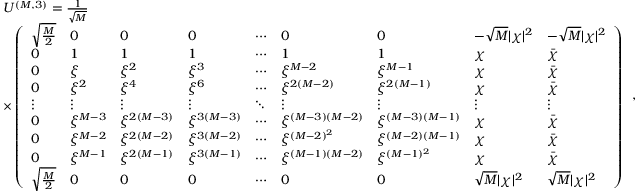
\begin{array} { r l } & { U ^ { ( M , 3 ) } = \frac { 1 } { \sqrt { M } } } \\ & { \times \left( \begin{array} { l l l l l l l l l } { \sqrt { \frac { M } { 2 } } } & { 0 } & { 0 } & { 0 } & { \cdots } & { 0 } & { 0 } & { - \sqrt { M } | \chi | ^ { 2 } } & { - \sqrt { M } | \chi | ^ { 2 } } \\ { 0 } & { 1 } & { 1 } & { 1 } & { \cdots } & { 1 } & { 1 } & { \chi } & { \bar { \chi } } \\ { 0 } & { \xi } & { \xi ^ { 2 } } & { \xi ^ { 3 } } & { \cdots } & { \xi ^ { M - 2 } } & { \xi ^ { M - 1 } } & { \chi } & { \bar { \chi } } \\ { 0 } & { \xi ^ { 2 } } & { \xi ^ { 4 } } & { \xi ^ { 6 } } & { \cdots } & { \xi ^ { 2 ( M - 2 ) } } & { \xi ^ { 2 ( M - 1 ) } } & { \chi } & { \bar { \chi } } \\ { \vdots } & { \vdots } & { \vdots } & { \vdots } & { \ddots } & { \vdots } & { \vdots } & { \vdots } & { \vdots } \\ { 0 } & { \xi ^ { M - 3 } } & { \xi ^ { 2 ( M - 3 ) } } & { \xi ^ { 3 ( M - 3 ) } } & { \cdots } & { \xi ^ { ( M - 3 ) ( M - 2 ) } } & { \xi ^ { ( M - 3 ) ( M - 1 ) } } & { \chi } & { \bar { \chi } } \\ { 0 } & { \xi ^ { M - 2 } } & { \xi ^ { 2 ( M - 2 ) } } & { \xi ^ { 3 ( M - 2 ) } } & { \cdots } & { \xi ^ { ( M - 2 ) ^ { 2 } } } & { \xi ^ { ( M - 2 ) ( M - 1 ) } } & { \chi } & { \bar { \chi } } \\ { 0 } & { \xi ^ { M - 1 } } & { \xi ^ { 2 ( M - 1 ) } } & { \xi ^ { 3 ( M - 1 ) } } & { \cdots } & { \xi ^ { ( M - 1 ) ( M - 2 ) } } & { \xi ^ { ( M - 1 ) ^ { 2 } } } & { \chi } & { \bar { \chi } } \\ { \sqrt { \frac { M } { 2 } } } & { 0 } & { 0 } & { 0 } & { \cdots } & { 0 } & { 0 } & { \sqrt { M } | \chi | ^ { 2 } } & { \sqrt { M } | \chi | ^ { 2 } } \end{array} \right) } \end{array} \, ,